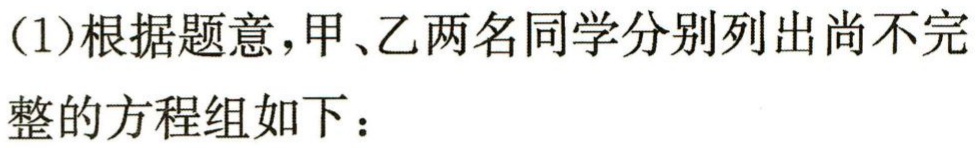
（1）根据题意，甲、乙两名同学分别列出尚不完整的方程组如下：